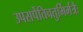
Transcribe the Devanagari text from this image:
उपसर्पेतिचतुर्भिर्मंत्रैः